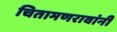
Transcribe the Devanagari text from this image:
चितामणरावांनी